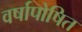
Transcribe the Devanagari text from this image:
वर्षापोषित